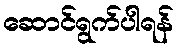
ဆောင်ရွက်ပါရန်